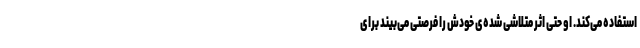
استفاده می‌کند. او حتی اثرِ متلاشی شده‌ی خودش را فرصتی می‌بیند برای